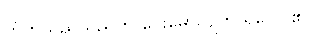
ဟိုဟိုသည်သည်ကို ငေးမောလျက် ရှိလေ ၏။